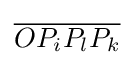
{\overline {OP_{i}P_{l}P_{k}}}